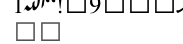
٢٧